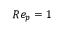
R e _ { p } = 1